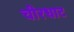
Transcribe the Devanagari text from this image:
चीरधाट